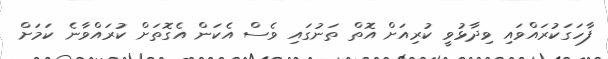
ފާހަގަކުރައްވައި ވިދާޅުވީ ކުރިއަށް އޮތް ތަނުގައި ވެސް އެކަން އެގޮތަށް ކުރައްވާނެ ކަމަށް